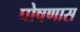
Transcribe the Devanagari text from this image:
पोषणास